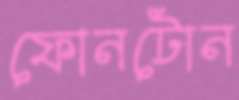
ফোনটোন